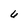
Character: 0